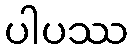
ပါပဿ